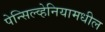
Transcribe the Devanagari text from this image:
पेन्सिल्व्हेनियामधील